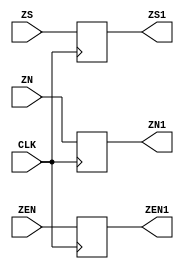
`timescale 1ns / 1ps
//////////////////////////////////////////////////////////////////////////////////
// Company: 
// Engineer: 
// 
// Design Name: 
// Module Name:    buf4 
// Project Name: 
// Target Devices: 
// Tool versions: 
// Description: 
//
// Dependencies: 
//
// Revision: 
// Revision 0.01 - File Created
// Additional Comments: 
//
//////////////////////////////////////////////////////////////////////////////////
module buf4(
    input [23:0] ZN,
    input [7:0] ZEN,
    input ZS,
	 input CLK,
    output reg [23:0] ZN1,
    output reg [7:0] ZEN1,
    output reg ZS1
    );

always @(posedge CLK) begin
ZN1<=ZN;
ZEN1<=ZEN;
ZS1<=ZS;
end
endmodule